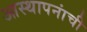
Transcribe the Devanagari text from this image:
आस्थापनांची